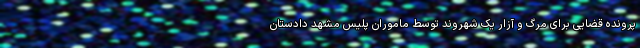
پرونده قضایی برای مرگ و آزار یک شهروند توسط ماموران پلیس مشهد دادستان